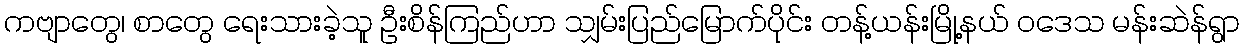
ကဗျာတွေ၊ စာတွေ ရေးသားခဲ့သူ ဦးစိန်ကြည်ဟာ သျှမ်းပြည်မြောက်ပိုင်း တန့်ယန်းမြို့နယ် ဝဒေသ မန်းဆဲန်ရွာ